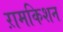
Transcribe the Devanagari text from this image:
ऱामकिशन